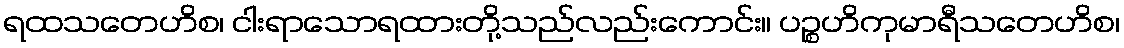
ရထသတေဟိစ၊ ငါးရာသောရထားတို့သည်လည်းကောင်း။ ပဉ္စဟိကုမာရီသတေဟိစ၊